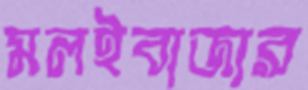
মলইবাজার